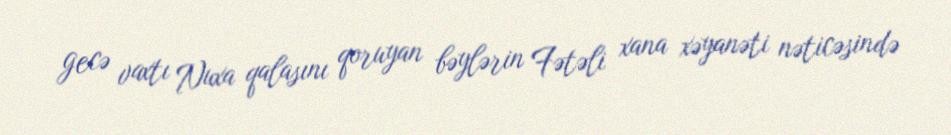
gecə vaxtı Nuxa qalasını qoruyan bəylərin Fətəli xana xəyanəti nəticəsində